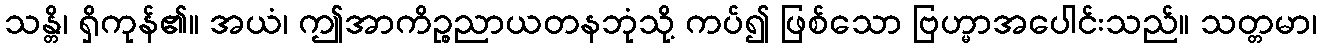
သန္တိ၊ ရှိကုန်၏။ အယံ၊ ဤအာကိဉ္စညာယတနဘုံသို့ ကပ်၍ ဖြစ်သော ဗြဟ္မာအပေါင်းသည်။ သတ္တမာ၊